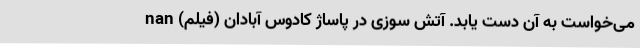
می‌خواست به آن دست یابد. آتش سوزی در پاساژ کادوس آبادان (فیلم) nan